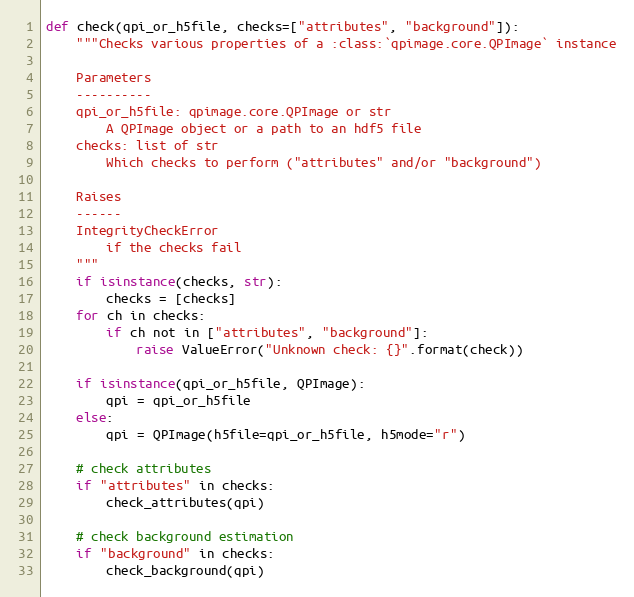
Language: Python
def check(qpi_or_h5file, checks=["attributes", "background"]):
    """Checks various properties of a :class:`qpimage.core.QPImage` instance

    Parameters
    ----------
    qpi_or_h5file: qpimage.core.QPImage or str
        A QPImage object or a path to an hdf5 file
    checks: list of str
        Which checks to perform ("attributes" and/or "background")

    Raises
    ------
    IntegrityCheckError
        if the checks fail
    """
    if isinstance(checks, str):
        checks = [checks]
    for ch in checks:
        if ch not in ["attributes", "background"]:
            raise ValueError("Unknown check: {}".format(check))

    if isinstance(qpi_or_h5file, QPImage):
        qpi = qpi_or_h5file
    else:
        qpi = QPImage(h5file=qpi_or_h5file, h5mode="r")

    # check attributes
    if "attributes" in checks:
        check_attributes(qpi)

    # check background estimation
    if "background" in checks:
        check_background(qpi)